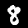
Label: 8